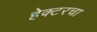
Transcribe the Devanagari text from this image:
हेक्टरचा